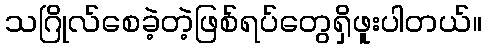
သဂြိုလ်စေခဲ့တဲ့ဖြစ်ရပ်တွေရှိဖူးပါတယ်။